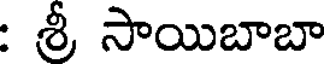
: శ్రీ సాయిబాబా